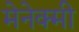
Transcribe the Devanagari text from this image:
मेनेक्मी